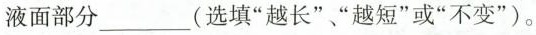
液面部分___(选填"长”、"短”或“不变”)。